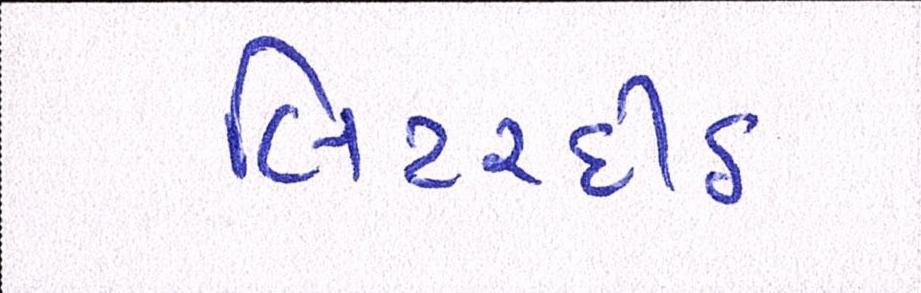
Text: લિટરદીઠ